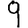
Digit: 9